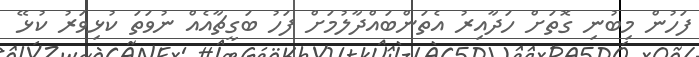
ފަހުން މިބުނި ގޮތަށް ހަދާއިރު އެތަންބައްދާލުމަށް ފަހު ބަގީޗާއެއް ނުވަތަ ކުޅިވަރު ކުޅޭ